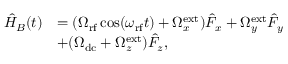
\begin{array} { r l } { \hat { H } _ { B } ( t ) } & { = ( \Omega _ { \mathrm { r f } } \cos ( \omega _ { \mathrm { r f } } t ) + \Omega _ { x } ^ { \mathrm { e x t } } ) \hat { F } _ { x } + \Omega _ { y } ^ { \mathrm { e x t } } \hat { F } _ { y } } \\ & { + ( \Omega _ { \mathrm { d c } } + \Omega _ { z } ^ { \mathrm { e x t } } ) \hat { F } _ { z } , } \end{array}